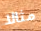
مثالا